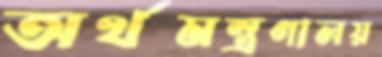
অর্থমন্ত্রণালয়